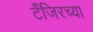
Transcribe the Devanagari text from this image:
टँजिरच्या